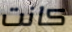
كانت